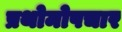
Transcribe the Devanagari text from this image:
प्रथोमोपचार